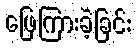
ဖြေကြားခဲ့ခြင်း